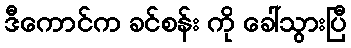
ဒီကောင်က ခင်စန်း ကို ခေါ်သွားပြီ